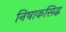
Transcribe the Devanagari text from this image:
निषाकसिद्ध